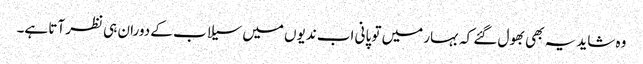
وہ شاید یہ بھی بھول گئے کہ بہار میں تو پانی اب ندیوں میں سیلاب کے دوران ہی نظر آتا ہے۔